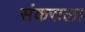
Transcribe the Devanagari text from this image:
संकराला